画像に写った文字を読んでください
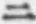
「ニ」と書いてあります